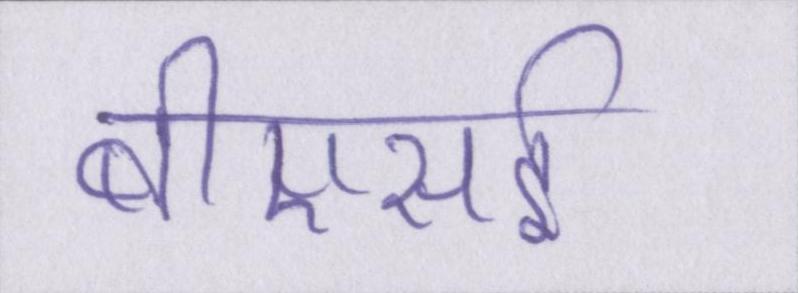
बीएसई